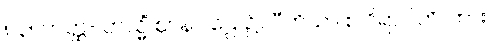
၈၃။ တတ္ထ- တသ္မိံ ဈာနပါဌေ၊ ၌။ ပီတိယာ စ ဝိရာဂါတိ၊ ကား။